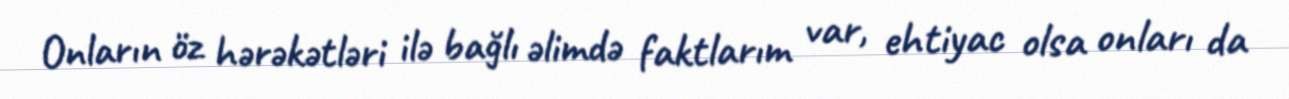
Onların öz hərəkətləri ilə bağlı əlimdə faktlarım var, ehtiyac olsa onları da